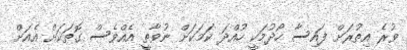
ވުރެ އިތުރަށް ފައިސާ ހޯދުމަކީ ހުއްދަ ކަމަކަށް ނުވާތީ އެއްވެސް ގޮތަކަށް އެއަށް